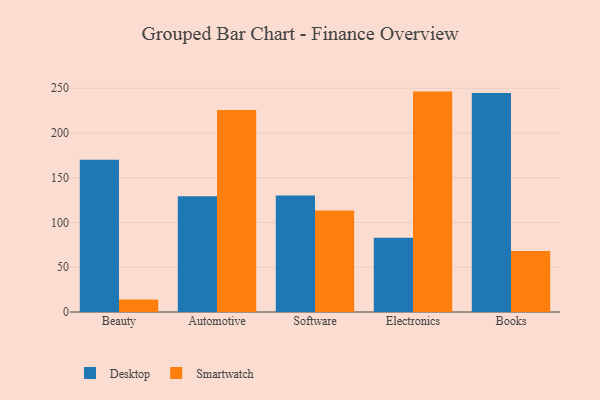
{"axis": {"x": "Category", "y": "LTV (USD)"}, "legend": ["Desktop", "Smartwatch"], "data": [{"x": "Beauty", "y": 170.1, "type": "Desktop"}, {"x": "Beauty", "y": 14.1, "type": "Smartwatch"}, {"x": "Automotive", "y": 129.4, "type": "Desktop"}, {"x": "Automotive", "y": 225.6, "type": "Smartwatch"}, {"x": "Software", "y": 130.2, "type": "Desktop"}, {"x": "Software", "y": 113.5, "type": "Smartwatch"}, {"x": "Electronics", "y": 83.0, "type": "Desktop"}, {"x": "Electronics", "y": 246.3, "type": "Smartwatch"}, {"x": "Books", "y": 244.6, "type": "Desktop"}, {"x": "Books", "y": 68.1, "type": "Smartwatch"}]}